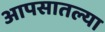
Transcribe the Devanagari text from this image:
आपसातल्या